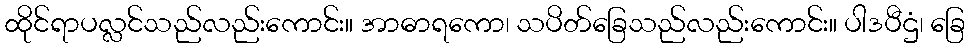
ထိုင်ရာပလ္လင်သည်လည်းကောင်း။ အာဓာရကော၊ သပိတ်ခြေသည်လည်းကောင်း။ ပါဒပီဌံ၊ ခြေ